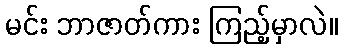
မင်း ဘာဇာတ်ကား ကြည့်မှာလဲ။